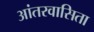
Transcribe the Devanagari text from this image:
आंतरवासिता